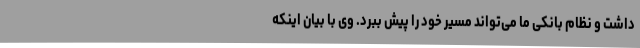
داشت و نظام بانکی ما می‌تواند مسیر خود را پیش ببرد. وی با بیان اینکه